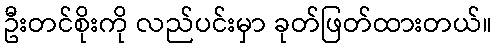
ဦးတင်စိုးကို လည်ပင်းမှာ ခုတ်ဖြတ်ထားတယ်။